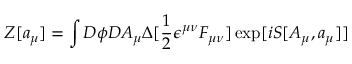
Z [ a _ { \mu } ] = \int D \phi D A _ { \mu } \Delta [ \frac { 1 } { 2 } \epsilon ^ { \mu \nu } F _ { \mu \nu } ] \exp [ i S [ A _ { \mu } , a _ { \mu } ] ]